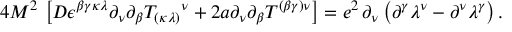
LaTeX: { 4 M ^ { 2 } } \, \left[ D \epsilon ^ { \beta \gamma \kappa \lambda } \partial _ { \nu } { \partial _ { \beta } } T _ { ( \kappa \lambda ) } { } ^ { \nu } + 2 a \partial _ { \nu } { \partial _ { \beta } } T ^ { ( \beta \gamma ) \nu } \right] = e ^ { 2 } \, \partial _ { \nu } \left( { \partial } ^ { \gamma } \lambda ^ { \nu } - { \partial } ^ { \nu } \lambda ^ { \gamma } \right) .